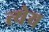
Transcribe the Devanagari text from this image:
त्येय